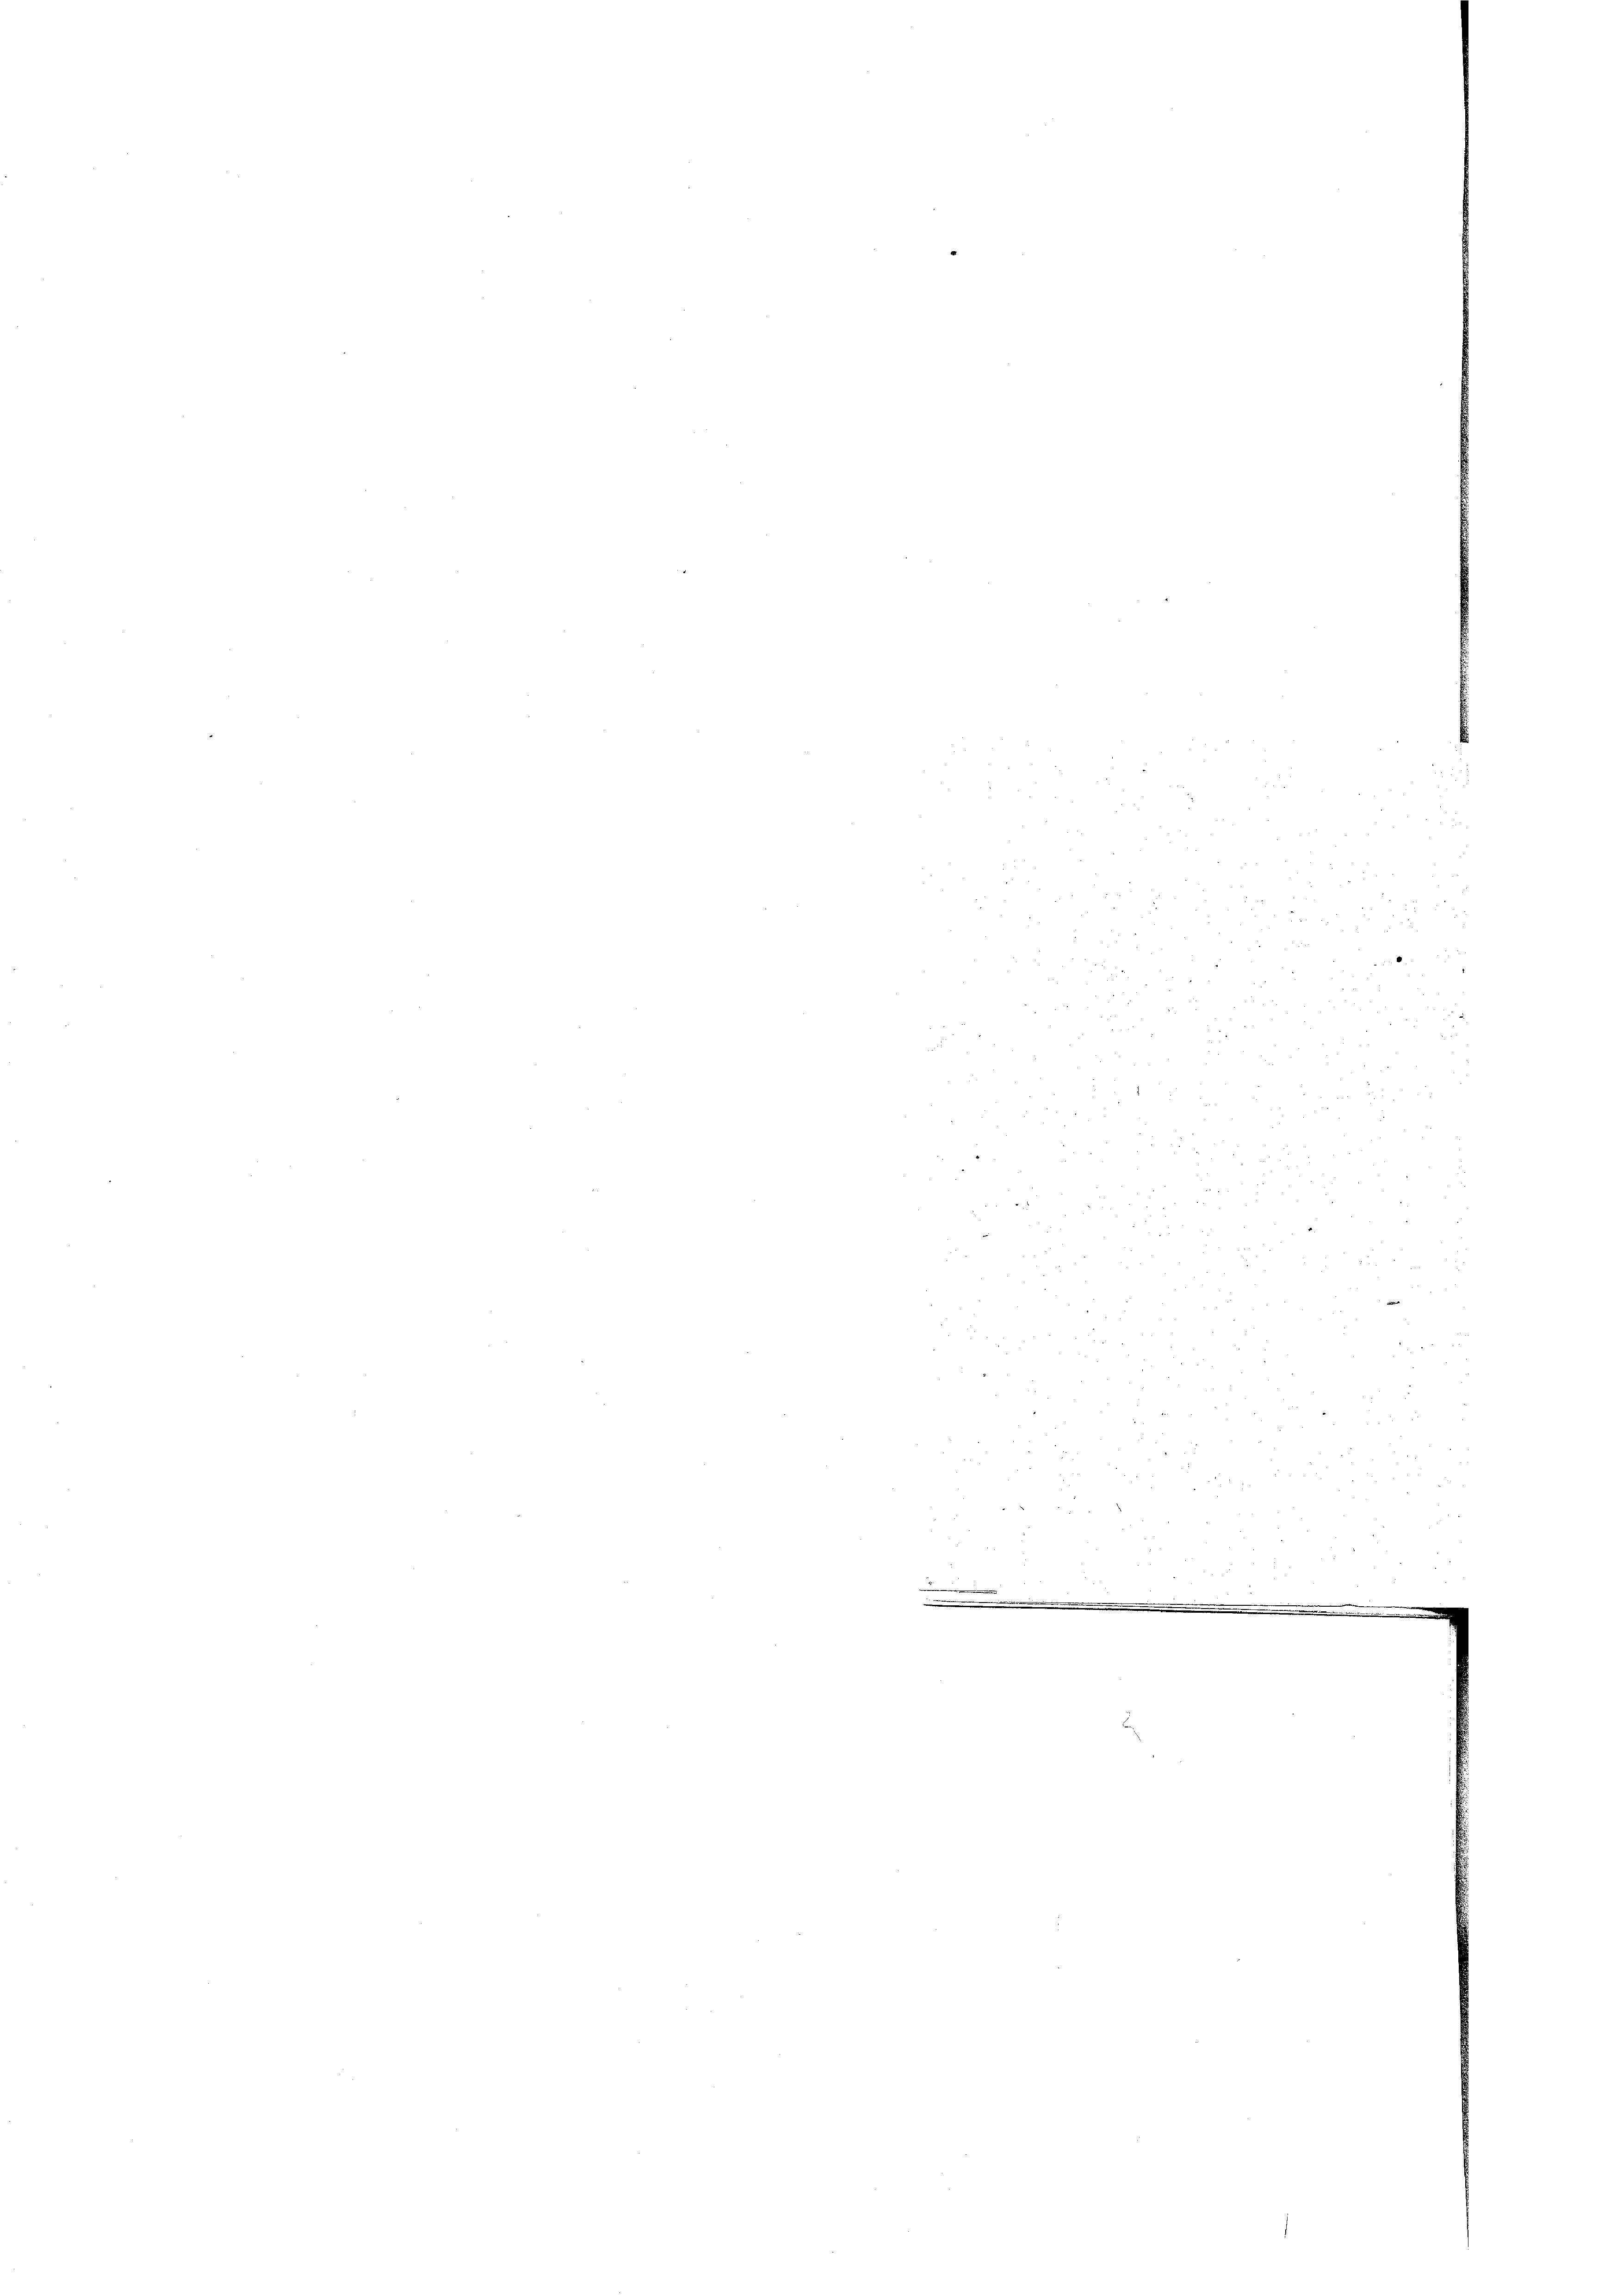
2
 228
.
a
i
n
e
u
2
8
i
e
 p
2
2
8
.
.
u
un